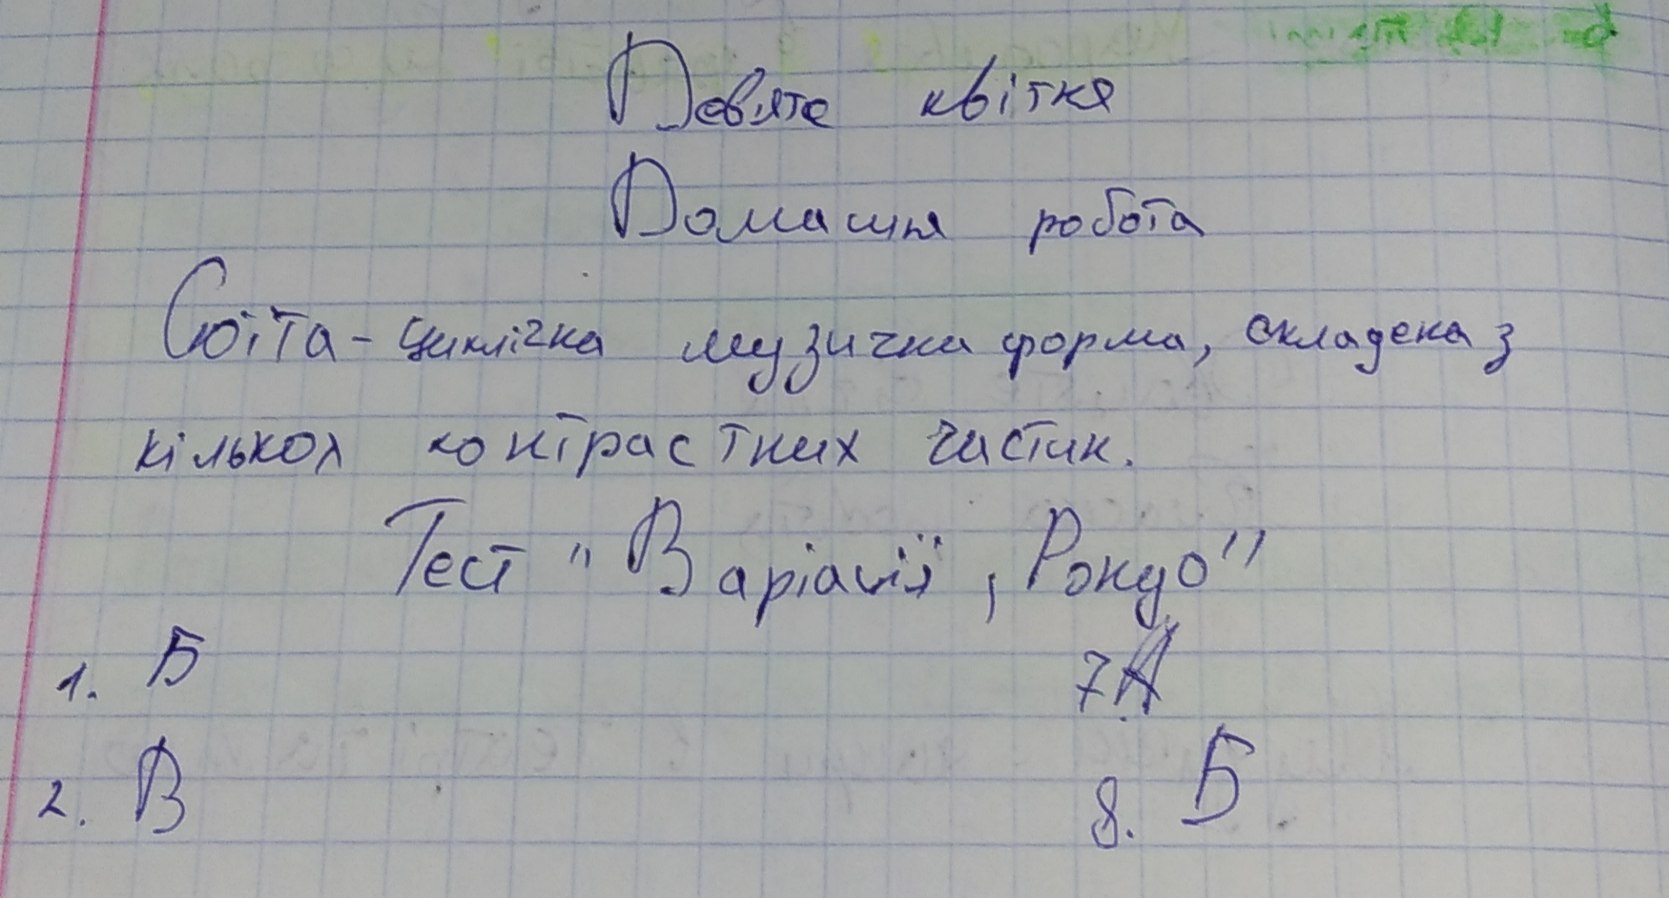
Дев'яте квітня
Домашня робота
Сюїта - циклічна музична форма, складена з
кількох контрастних частин.
Тест "Варіації, Рондо"
7A
1. Б
8. Б
2. B